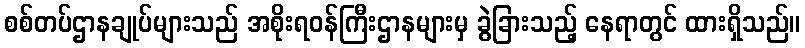
စစ်တပ်ဌာနချုပ်များသည် အစိုးရဝန်ကြီးဌာနများမှ ခွဲခြားသည့် နေရာတွင် ထားရှိသည်။